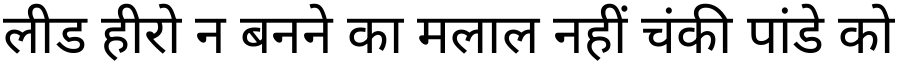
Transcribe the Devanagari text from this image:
लीड हीरो न बनने का मलाल नहीं चंकी पांडे को